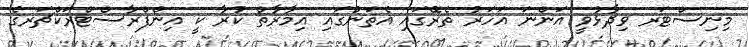
މިނިސްޓަރ ވިދާޅުވީ އަންނަ އަހަރު ތެރޭގައި އެތަނުގައި އިމާރާތް ކުރާ ކީ އިންފްރާސްޓްރަކްޗަރގެ